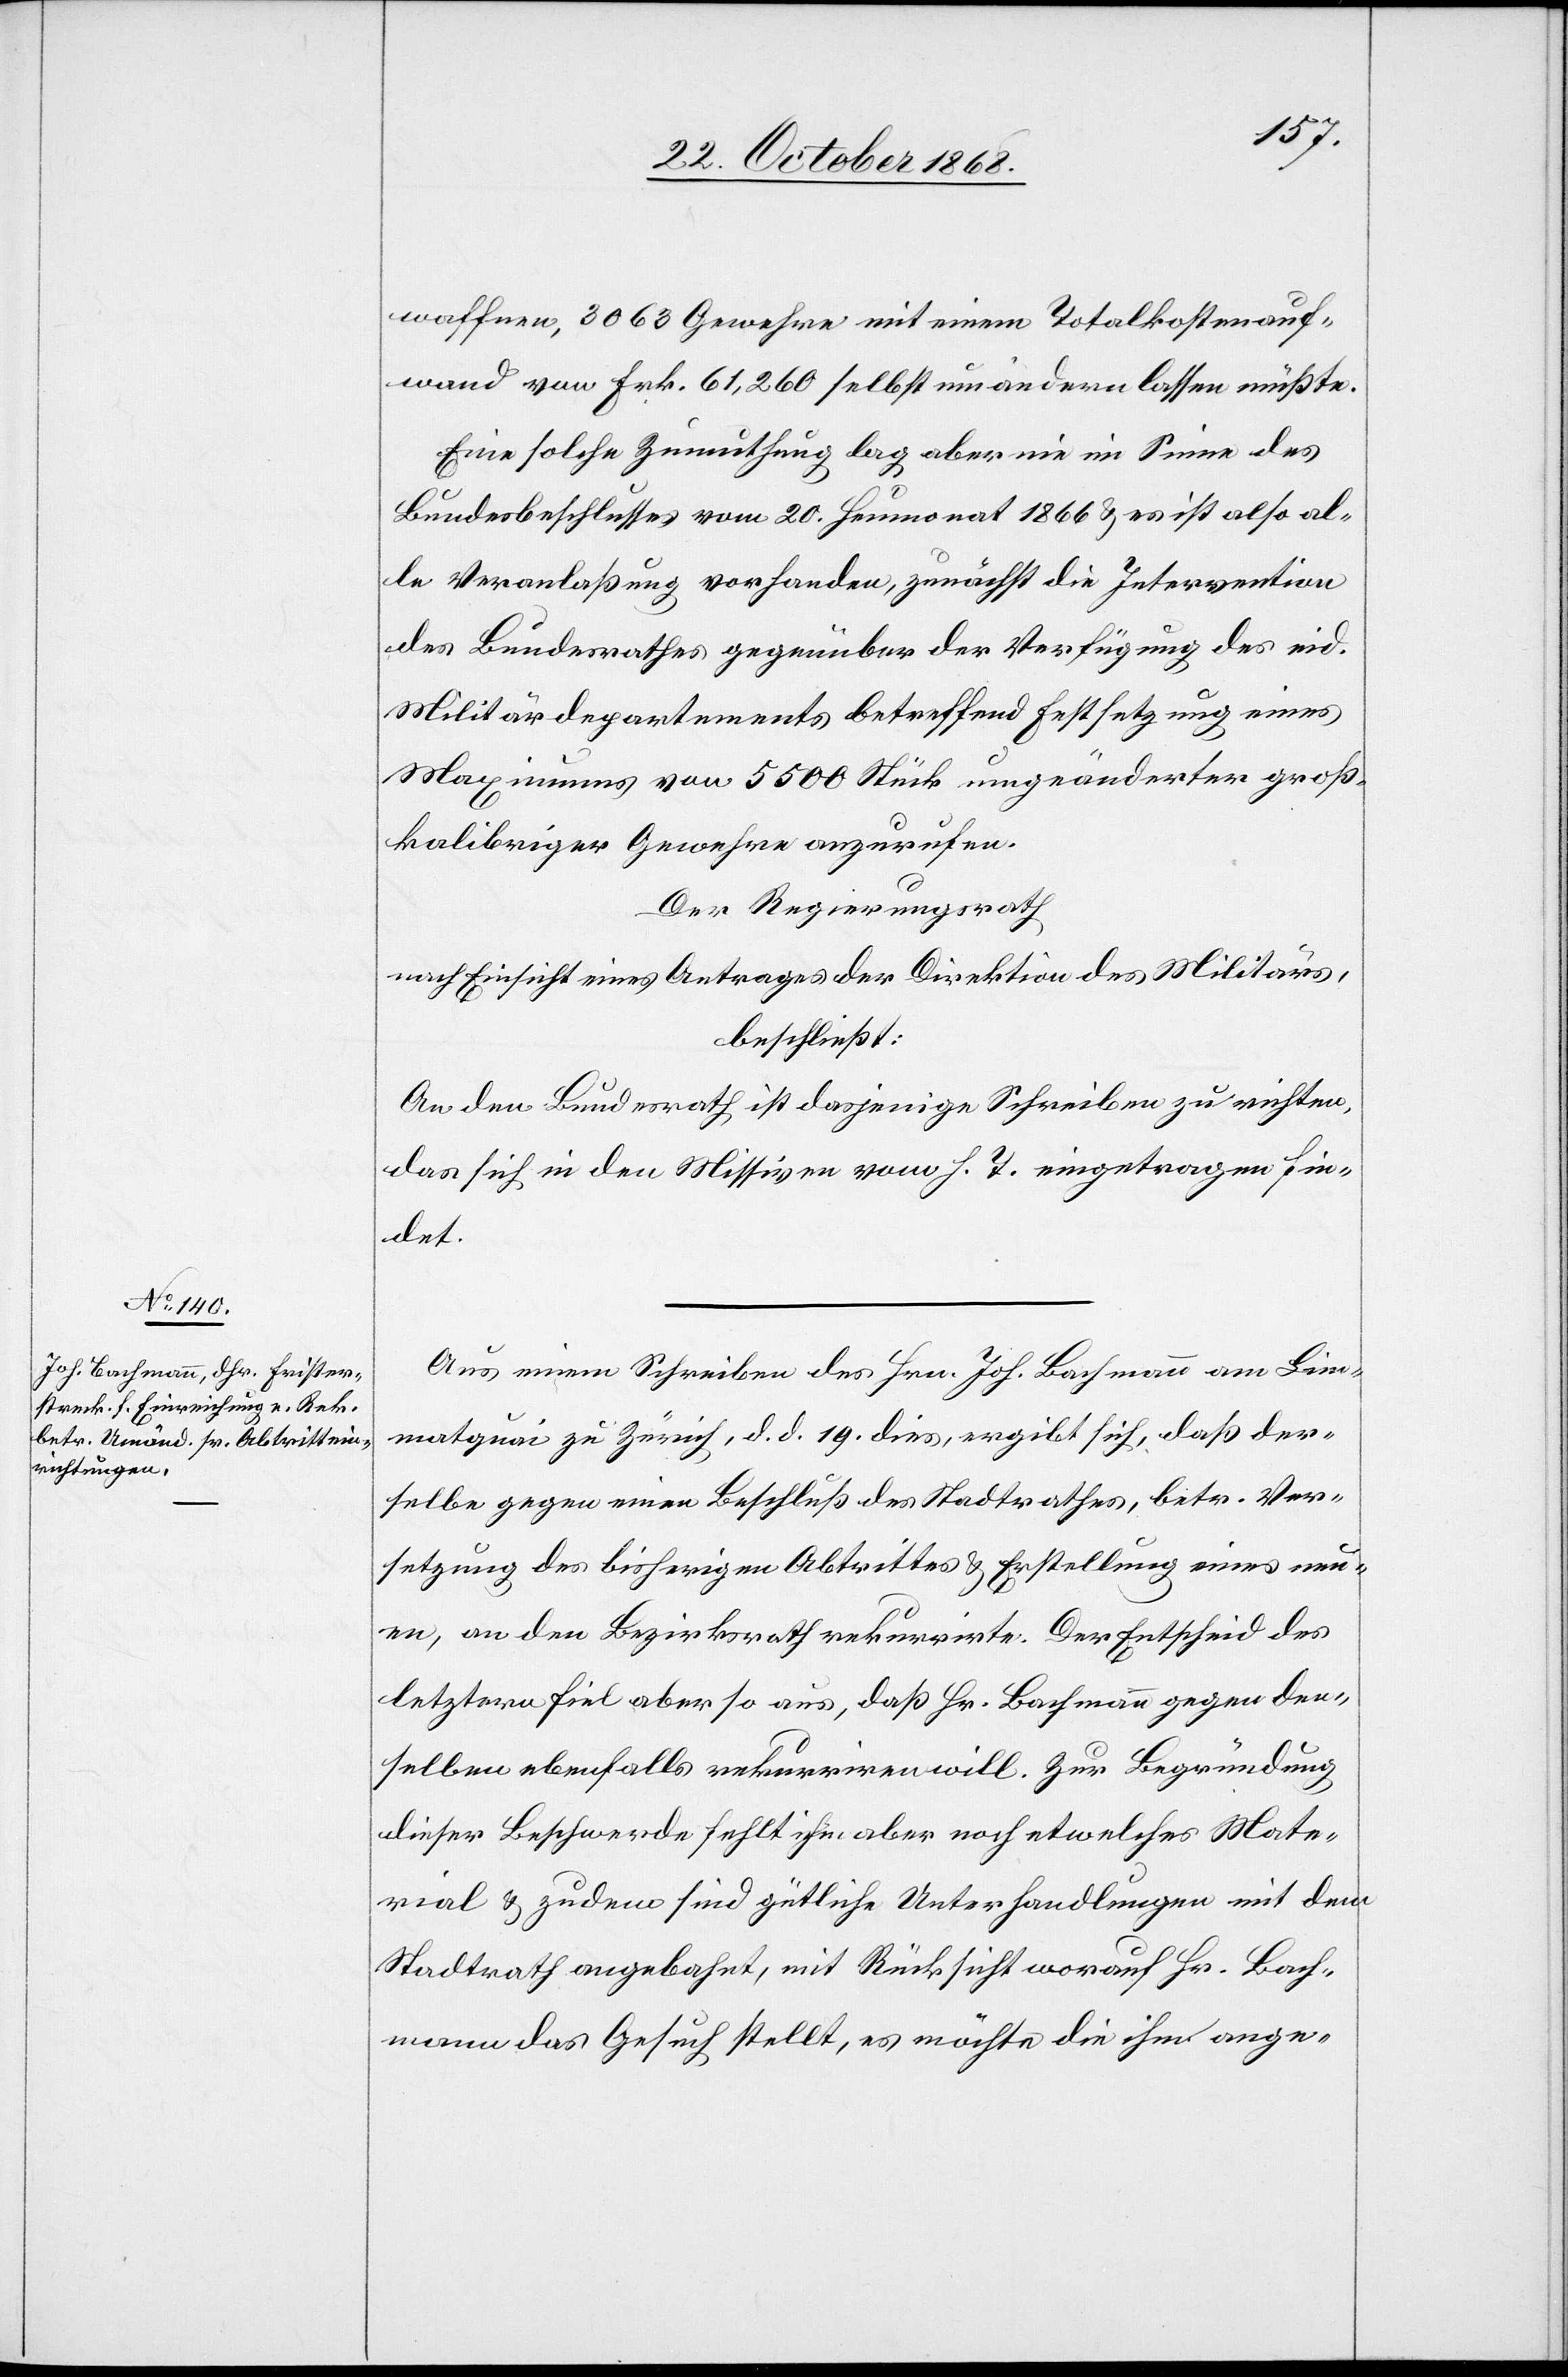
waffnen, 3063 Gewehre mit einem Totalkostenauf¬
wand von Frk. 61,260 selbst umändern lassen müßte.
Eine solche Zumuthung lag aber nie im Sinne des
Bundesbeschlusses vom 20. Heumonat 1866 & es ist also al¬
le Veranlaßung vorhanden, zunächst die Intervention
des Bundesrathes gegenüber der Verfügung des eid.
Militärdepartements betreffend Festsetzung eines
Maximums von 5500 Stück umgeänderter groß¬
kalibriger Gewehre anzurufen.
Der Regierungsrath
nach Einsicht eines Antrages der Direktion des Militärs,
beschließt:
An den Bundesrath ist dasjenige Schreiben zu richten,
das sich in den Missiven vom h. T. eingetragen fin¬
det.
Aus einem Schreiben des Hrn. Joh. Bachmann am Lim¬
matquai zu Zürich, d. d. 19. dies, ergibt sich, daß der¬
selbe gegen einen Beschluß des Stadtrathes, betr. Ver¬
setzung des bisherigen Abtrittes & Erstellung eines neu¬
en, an den Bezirksrath rekurrirte. Der Entscheid des
letztern fiel aber so aus, daß Hr. Bachmann gegen den¬
selben ebenfalls rekurriren will. Zur Begründung
dieser Beschwerde fehlt ihm aber noch etwelches Mate¬
rial & zudem sind gütliche Unterhandlungen mit dem
Stadtrath angebahnt, mit Rücksicht worauf Hr. Bach¬
mann das Gesuch stellt, es möchte die ihm ange-